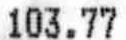
103.77